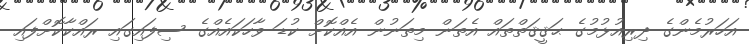
އަހަރުމެންގެ ދިރިއުޅުމުގެ ޙަޤީޤަތްތައް އެތަން މިތަނުން އެއްކޮށް ކުޑަ ވާހަކައެއްގެ ސިފައިގައި ރައްކާކޮށްފައި